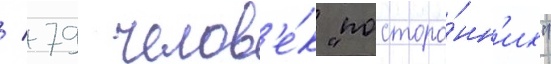
/ 79 челов'е́к "посторо́нн'их"